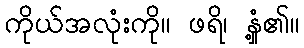
ကိုယ်အလုံးကို။ ဖရိ၊ နှံ့၏။